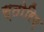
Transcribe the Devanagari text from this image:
स्तोरिए